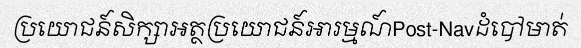
ប្រយោជន៍សិក្សាអត្ថប្រយោជន៍អារម្មណ៍Post-Navដំបៅមាត់